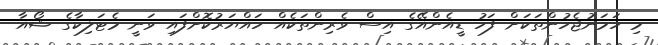
މި ހަމަނުޖެހުންތަކަށް ފަހު ޑީއެންއޭގެ އިސް ވެރިންތަކެއް ހައްޔަރުކޮށްފައި ވަނީ މެޓަލިކާގެ ޝޯއާ